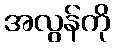
အလွန်ကို